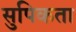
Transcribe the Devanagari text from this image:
सुपिकता